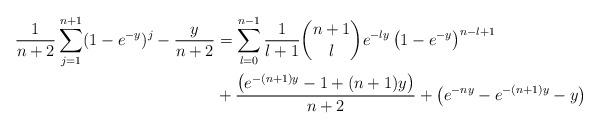
LaTeX: \begin{align*}\frac{1}{n+2}\sum_{j=1}^{n+1}(1-e^{-y})^j-\frac{y}{n+2}&=\sum_{l=0}^{n-1}\frac{1}{l+1}\dbinom{n+1}{l}e^{-ly}\left(1-e^{-y}\right)^{n-l+1} \\&+\frac{\left(e^{-(n+1)y}-1+(n+1)y\right)}{n+2} +\left(e^{-ny}-e^{-(n+1)y}-y\right)\end{align*}